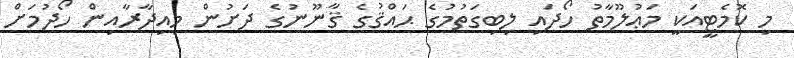
މި ކޮމެޓީއަކީ މަޢުލޫމާތު ހޯދައި ލިބިގަތުމުގެ ޙައްޤުގެ ޤާނޫނުގެ ދަށުން މިއިދާރާއިން ހޯދުމަށް